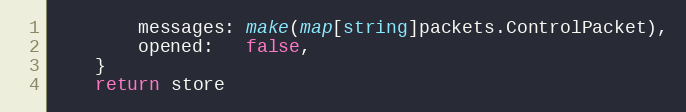
Language: Go
		messages: make(map[string]packets.ControlPacket),
		opened:   false,
	}
	return store